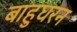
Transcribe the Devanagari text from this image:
बाहुघरन